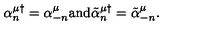
\alpha _ { n } ^ { \mu \dagger } = \alpha _ { - n } ^ { \mu } \mathrm { a n d } \tilde { \alpha } _ { n } ^ { \mu \dagger } = \tilde { \alpha } _ { - n } ^ { \mu } .